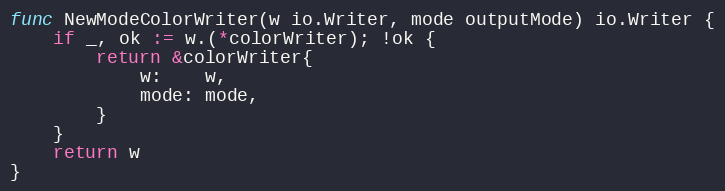
Language: Go
func NewModeColorWriter(w io.Writer, mode outputMode) io.Writer {
	if _, ok := w.(*colorWriter); !ok {
		return &colorWriter{
			w:    w,
			mode: mode,
		}
	}
	return w
}